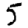
Digit: 5